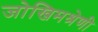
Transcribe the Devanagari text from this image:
जोखिमश्रेणी